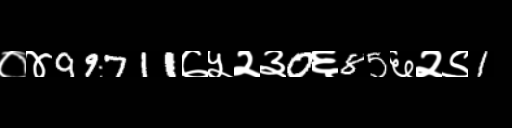
Text: ०४99711७५२३0६85६२९1